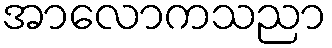
အာလောကသညာ